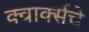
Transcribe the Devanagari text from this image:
क्वार्क्सचे